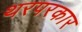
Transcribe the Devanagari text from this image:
थरपरकार